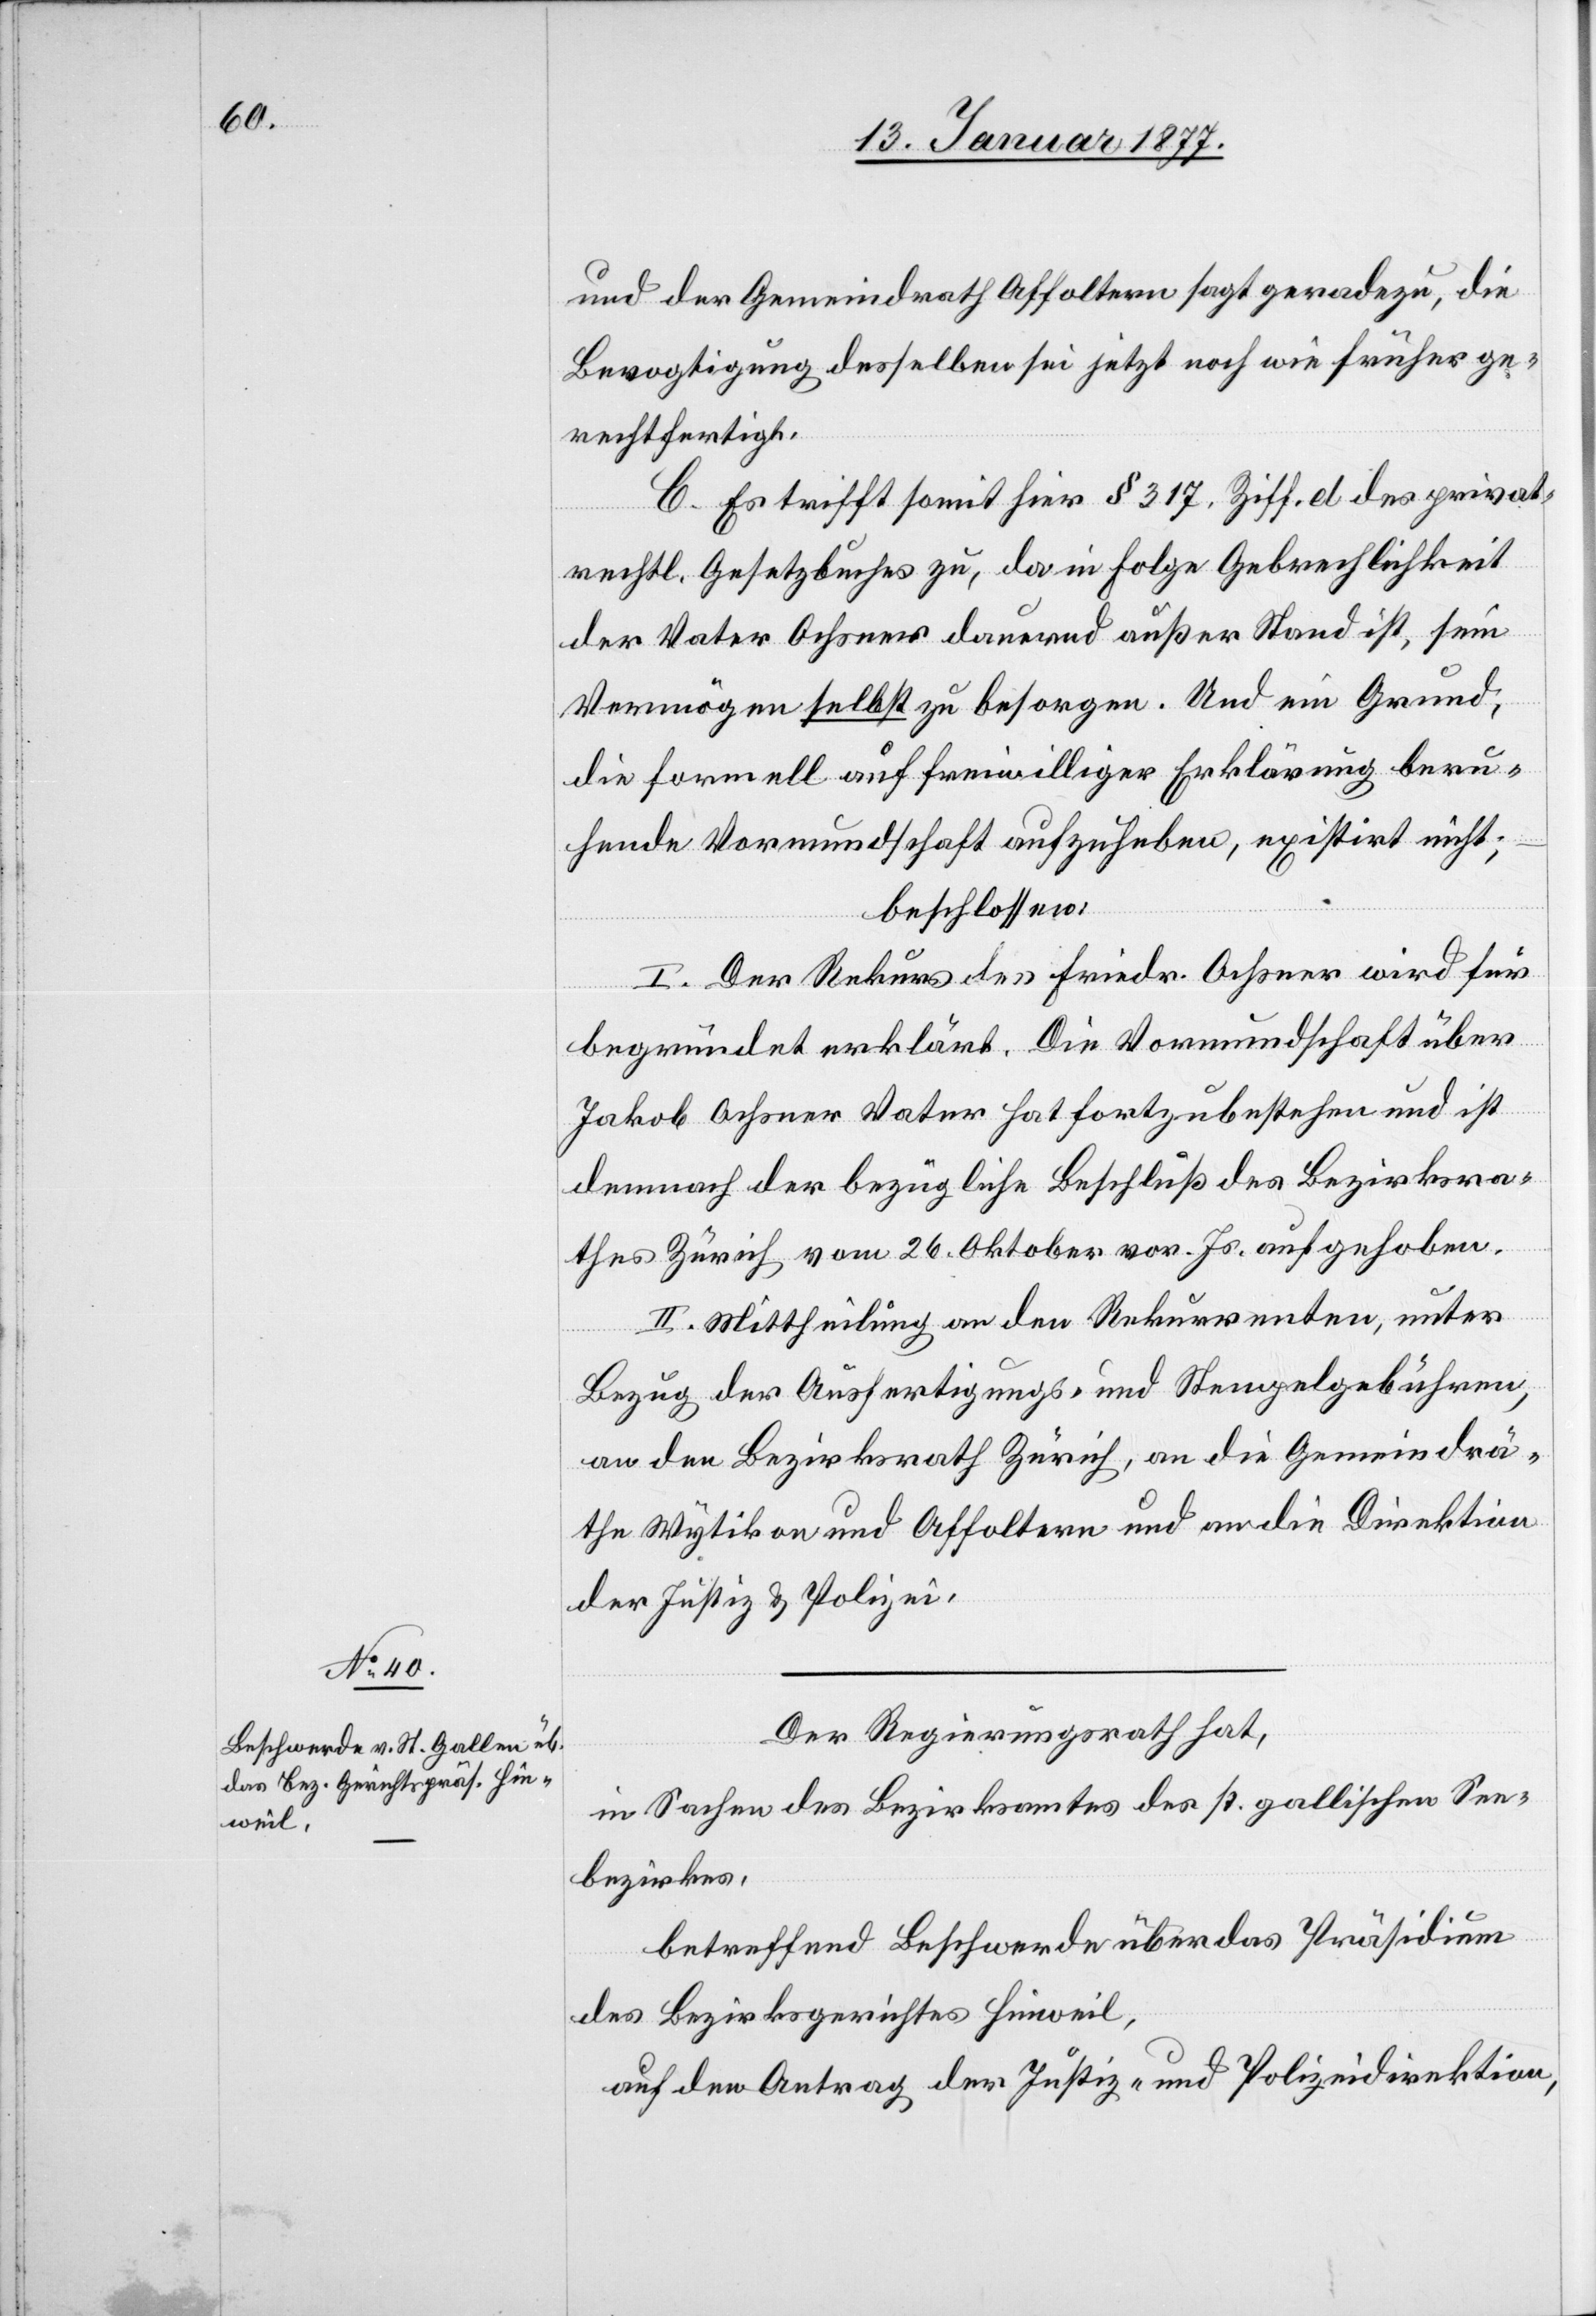
und der Gemeindrath Affoltern sagt geradezu, die
Bevogtigung desselben sei jetzt noch wie früher ge¬
rechtfertigt.
C. Es trifft somit hier § 317 Ziff. d. des privat¬
rechtl. Gesetzbuches zu, da in Folge Gebrechlichkeit
der Vater Ochsner dauernd außer Stand ist, sein
Vermögen selbst zu besorgen. Und ein Grund,
die formell auf freiwillige Erklärung beru¬
hende Vormundschaft aufzuheben, existirt nicht;
beschlossen:
I. Der Rekurs des Friedr. Ochsner wird für
begründet erklärt. Die Vormundschaft über
Jakob Ochsner Vater hat fortzubestehen und ist
demnach der bezügliche Beschluß des Bezirksra¬
thes Zürich vom 26. Oktober vor. Js. aufgehoben.
II. Mittheilung an den Rekurrenten, unter
Bezug der Ausfertigungs- und Stempelgebühren,
an den Bezirksrath Zürich, an die Gemeindrä¬
the Wytikon und Affoltern und an die Direktion
der Justiz & Polizei.
Der Regierungsrath hat,
in Sachen des Bezirksamtes des st. gallischen See¬
bezirkes,
betreffend Beschwerde über das Präsidium
des Bezirksgerichtes Hinweil,
auf den Antrag der Justiz- und Polizeidirektion,